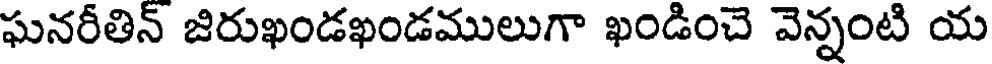
ఘనరీతిన్ జిరుఖండఖండములుగా ఖండించె వెన్నంటి య